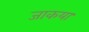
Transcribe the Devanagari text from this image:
जाकया